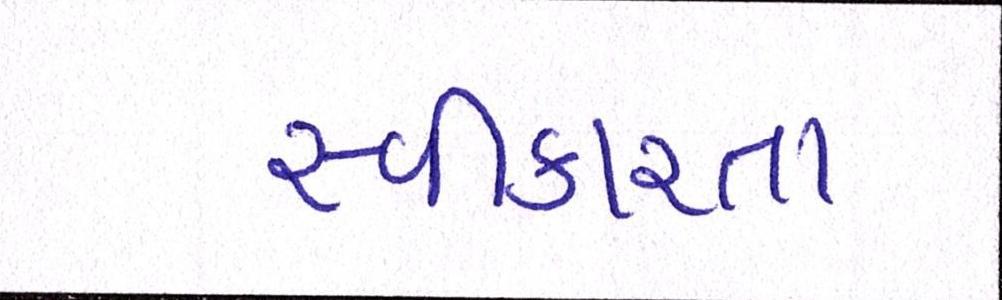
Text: સ્વીકારતા